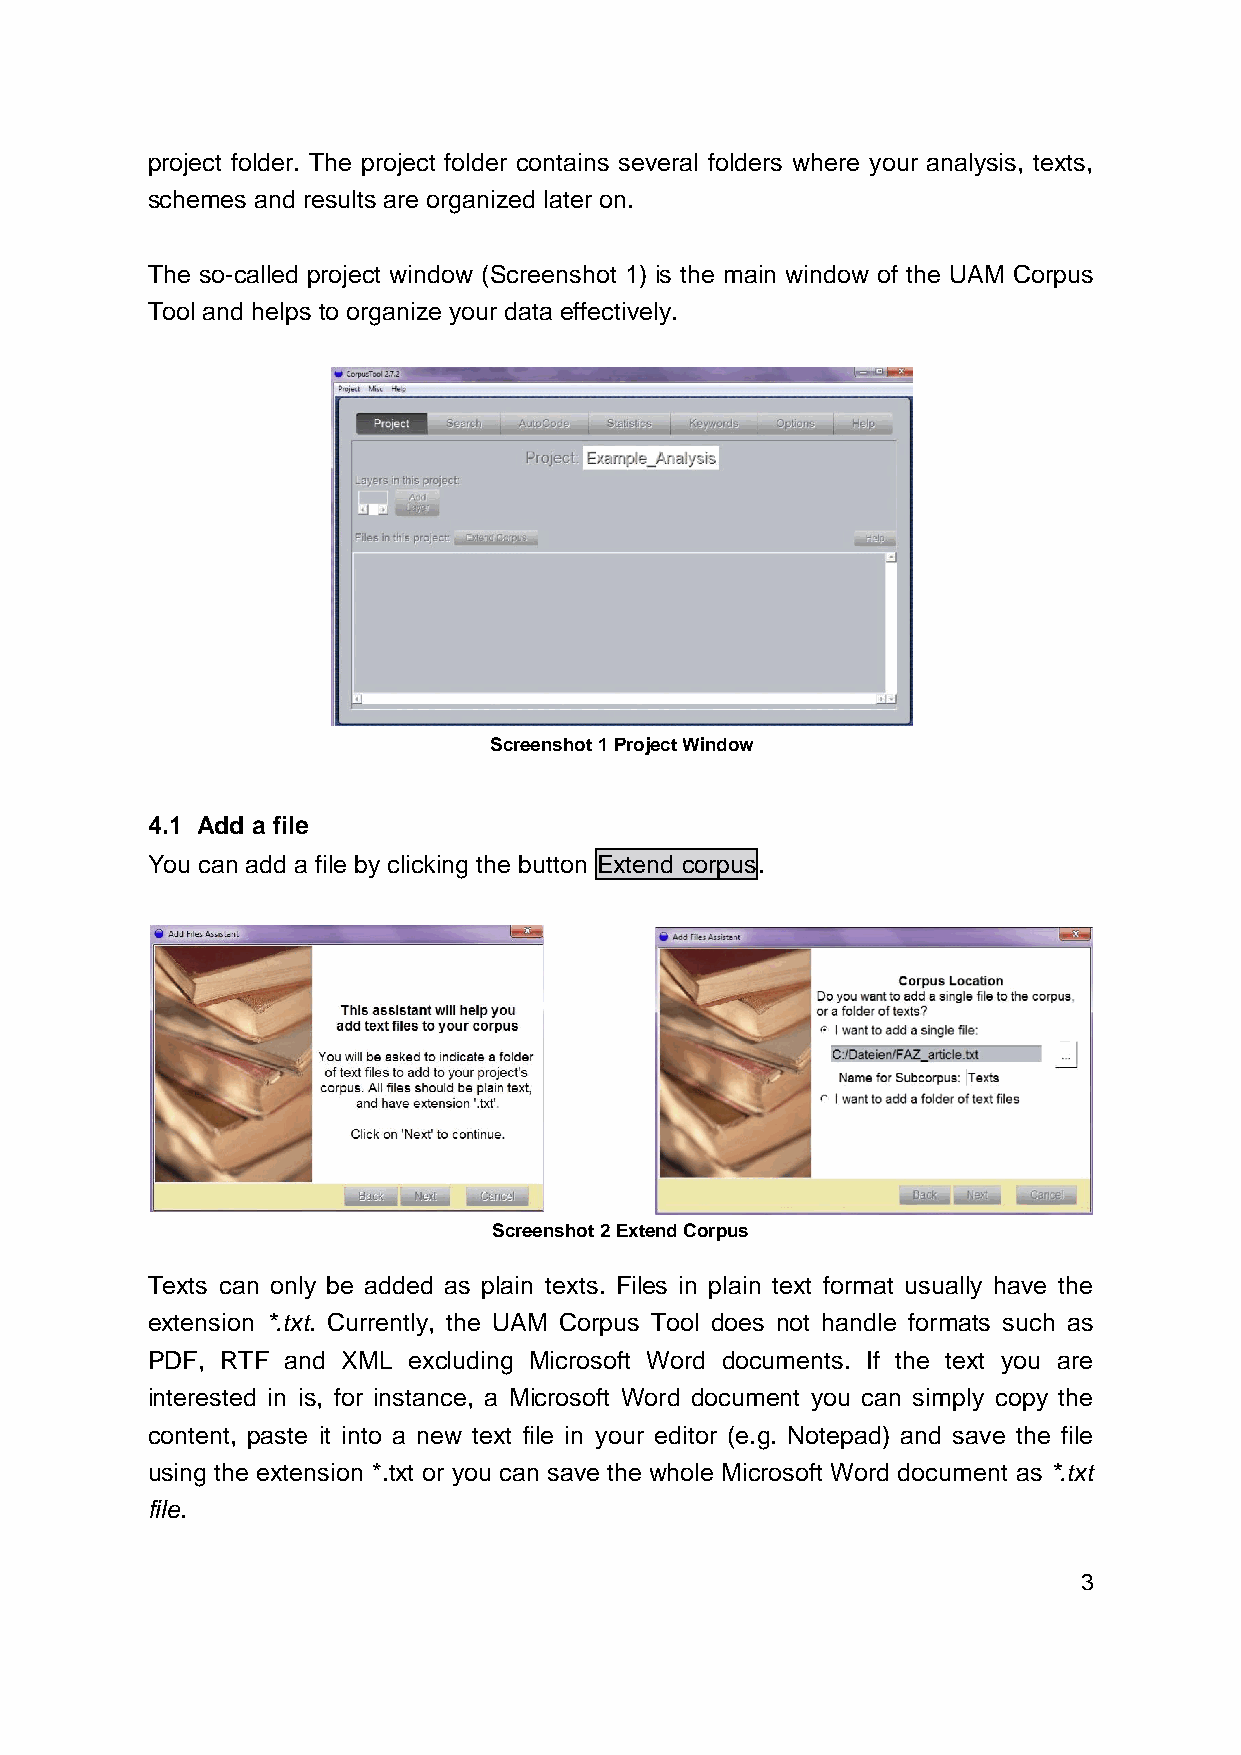
project folder. The project folder contains several folders where your analysis, texts,
 schemes and results are organized later on.
 The so-called project window (Screenshot 1) is the main window of the UAM Corpus
 Tool and helps to organize your data effectively.
 Screenshot 1 Project Window
 4.1 Add a file
 You can add a file by clicking the button Extend corpus.
 Screenshot 2 Extend Corpus
 Texts can only be added as plain texts. Files in plain text format usually have the
 extension *.txt. Currently, the UAM Corpus Tool does not handle formats such as
 PDF, RTF and XML excluding Microsoft Word documents. If the text you are
 interested in is, for instance, a Microsoft Word document you can simply copy the
 content, paste it into a new text file in your editor (e.g. Notepad) and save the file
 using the extension *.txt or you can save the whole Microsoft Word document as *.txt
 file.
 3